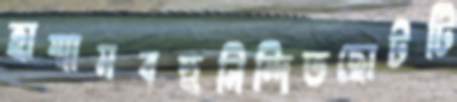
হাম্মামবহুনিন্দিতছোটটি